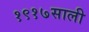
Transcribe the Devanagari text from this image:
१९१७साली